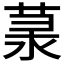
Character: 𦲙